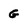
Character: g